King Institute of Preventive Medicine Micro-Biological Section reports 1912-19
Year: 1912
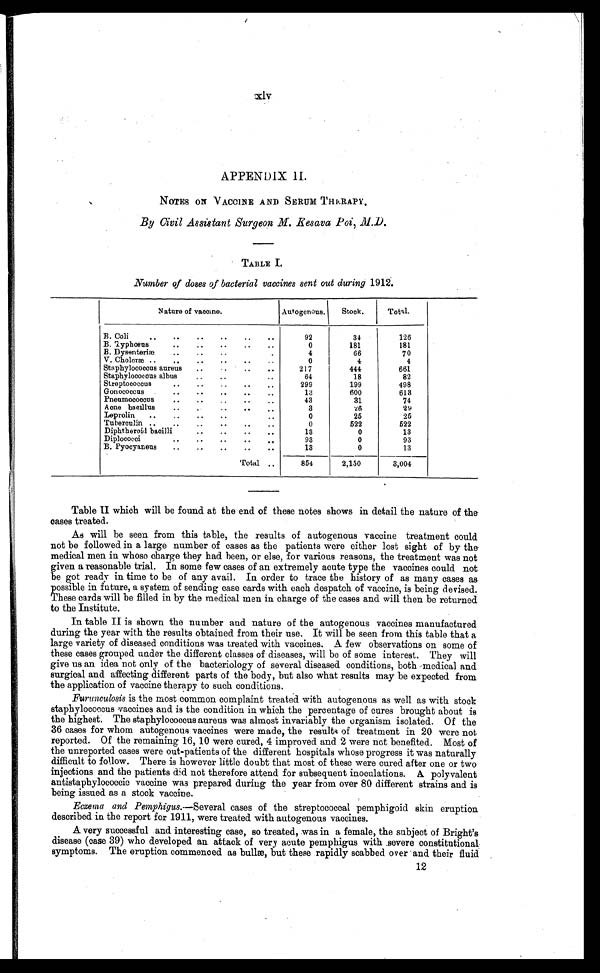
xlv
APPENDIX II.
NOTES ON VACCINE AND SERUM THERAPY
.
By Civil Assistant Surgeon M. Kesava Poi, M.D.
TABLE I
Number of doses of bacterial vaccines sent out during 1912.
Table II which will be found at the end of these notes shows in detail the nature of the
cases treated.
As will be seen from this table, the results of autogenous vaccine treatment could
not be followed in a large number of cases as the patients were either lost sight of by the
medical men in whose charge they had been, or else, for various reasons, the treatment was not
given a reasonable trial. In some few cases of an extremely acute type the vaccines could not
be got ready in time to be of any avail. In order to trace the history of as many cases as
possible in future, a system of sending case cards with each despatch of vaccine, is being devised.
These cards will be filled in by the medical men in charge of the cases and will then be returned
to the Institute.
In table II is shown the number and nature of the autogenous vaccines manufactured
during the year with the results obtained from their use. It will be seen from this table that a
large variety of diseased conditions was treated with vaccines. A few observations on some of
these cases grouped under the different classes of diseases, will be of some interest. They will
give us an idea not only of the bacteriology of several diseased conditions, both medical and
surgical and affecting different parts of the body, but also what results may be expected from
the application of vaccine therapy to such conditions.
Furunculosis is the most common complaint treated with autogenous as well as with stock
staphylococcus vaccines and is the condition in which the percentage of cures brought about is
the highest. The staphylococcus aureus was almost invariably the organism isolated. Of the
36 cases for whom autogenous vaccines were made, the results of treatment in 20 were not
reported. Of the remaining 16, 10 were cured, 4 improved and 2 were not benefited. Most of
the unreported cases were out-patients of the different hospitals whose progress it was naturally
difficult to follow. There is however little doubt that most of these were cured after one or two
injections and the patients did not therefore attend for subsequent inoculations. A polyvalent
antistaphylococcic vaccine was prepared during the year from over 80 different strains and is
being issued as a stock vaccine.
Eczema and Pemphigus. —Several cases of the streptococcal pemphigoid skin eruption
described in the report for 1911, were treated with autogenous vaccines.
A very successful and interesting case, so treated, was in a female, the subject of Bright's
disease (case 39) who developed an attack of very acute pemphigus with severe constitutional
symptoms. The eruption commenced as bullæ, but these rapidly scabbed over and their fluid
12